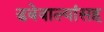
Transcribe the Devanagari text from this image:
डबेवाल्यांसह